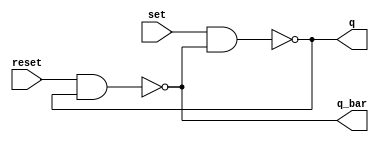
module sr_latch (q,q_bar,set,reset);

output q,q_bar;
input set,reset;

nand n1(q,set,q_bar);
nand n2(q_bar,reset,q);
    
endmodule

module simulate_sr_latch;

wire q,q_bar;
reg set,reset;

sr_latch s1(q,q_bar,set,reset);

initial begin
    set = 1;
    reset = 0;
end
always begin
    
    # 20 reset=~reset;
    # 20 set=~set;
    # 20 set=~set;
    # 20 reset = ~reset;
    
end
initial
$monitor($time,"Output=%b",q);

endmodule